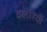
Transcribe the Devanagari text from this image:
वलेरिया